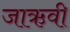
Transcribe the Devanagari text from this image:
जाऋवी